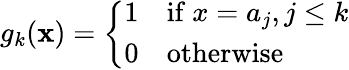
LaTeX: g_{k}(\mathbf{x})=\left\{ {\begin{array}{ll}{1}&{{\mathrm{if~}}x=a_{j},j\leq k}\\ {0}&{{\mathrm{otherwise}}}\end{array}}\right.